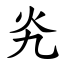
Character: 㶢